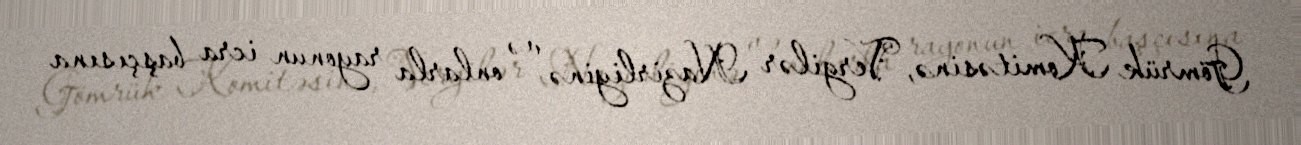
Gömrük Komitəsinə, Vergilər Nazirliyinə və onlarla rayonun icra başçısına